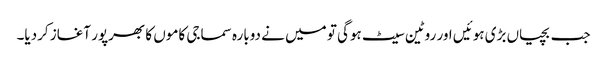
جب بچیاں بڑی ہوئیں اور روٹین سیٹ ہوگی تو میں نے دوبارہ سماجی کاموں کا بھرپور آغاز کردیا۔